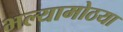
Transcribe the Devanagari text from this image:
भल्यामोठया